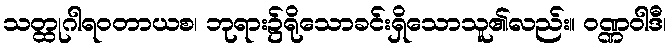
သတ္ထုဂါရဝတာယစ၊ ဘုရား၌ရိုသောခင်းရှိသောသူ၏လည်း။ ဝဏ္ဏဝါဒီ၊